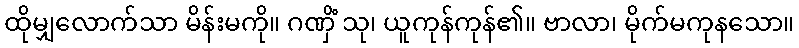
ထိုမျှလောက်သာ မိန်းမကို။ ဂဏှိံ သု၊ ယူကုန်ကုန်၏။ ဗာလာ၊ မိုက်မကုနသော။